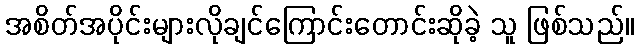
အစိတ်အပိုင်းများလိုချင်ကြောင်းတောင်းဆိုခဲ့ သူ ဖြစ်သည်။